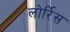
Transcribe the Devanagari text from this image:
लोर्रिस